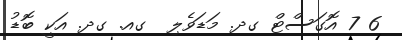
6 7 އޮގަސްޓް ގދ. މަޑަވެލި  ގއ. ގދ. އަކީ ބޮޑު